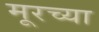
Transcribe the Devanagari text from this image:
मूरच्या